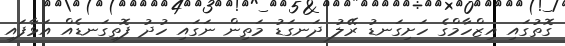
ގޮތުގައި އިޒްހާމްގެ ހަށިގަނޑު ރޭލު ދަނގަޑު މަތިން ނަގައި ހުދު ފޮތިގަނޑެއް އަޅާފައި